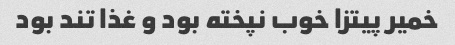
خمیر پیتزا خوب نپخته بود و غذا تند بود